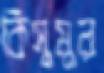
কিসুমুর